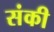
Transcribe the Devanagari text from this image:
संकी